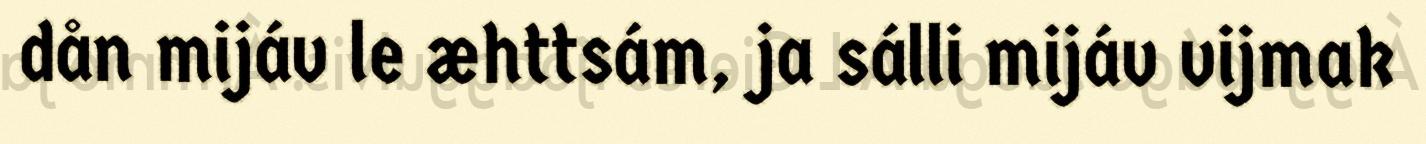
dån mijáv le æhttsám, ja sálli mijáv vijmak